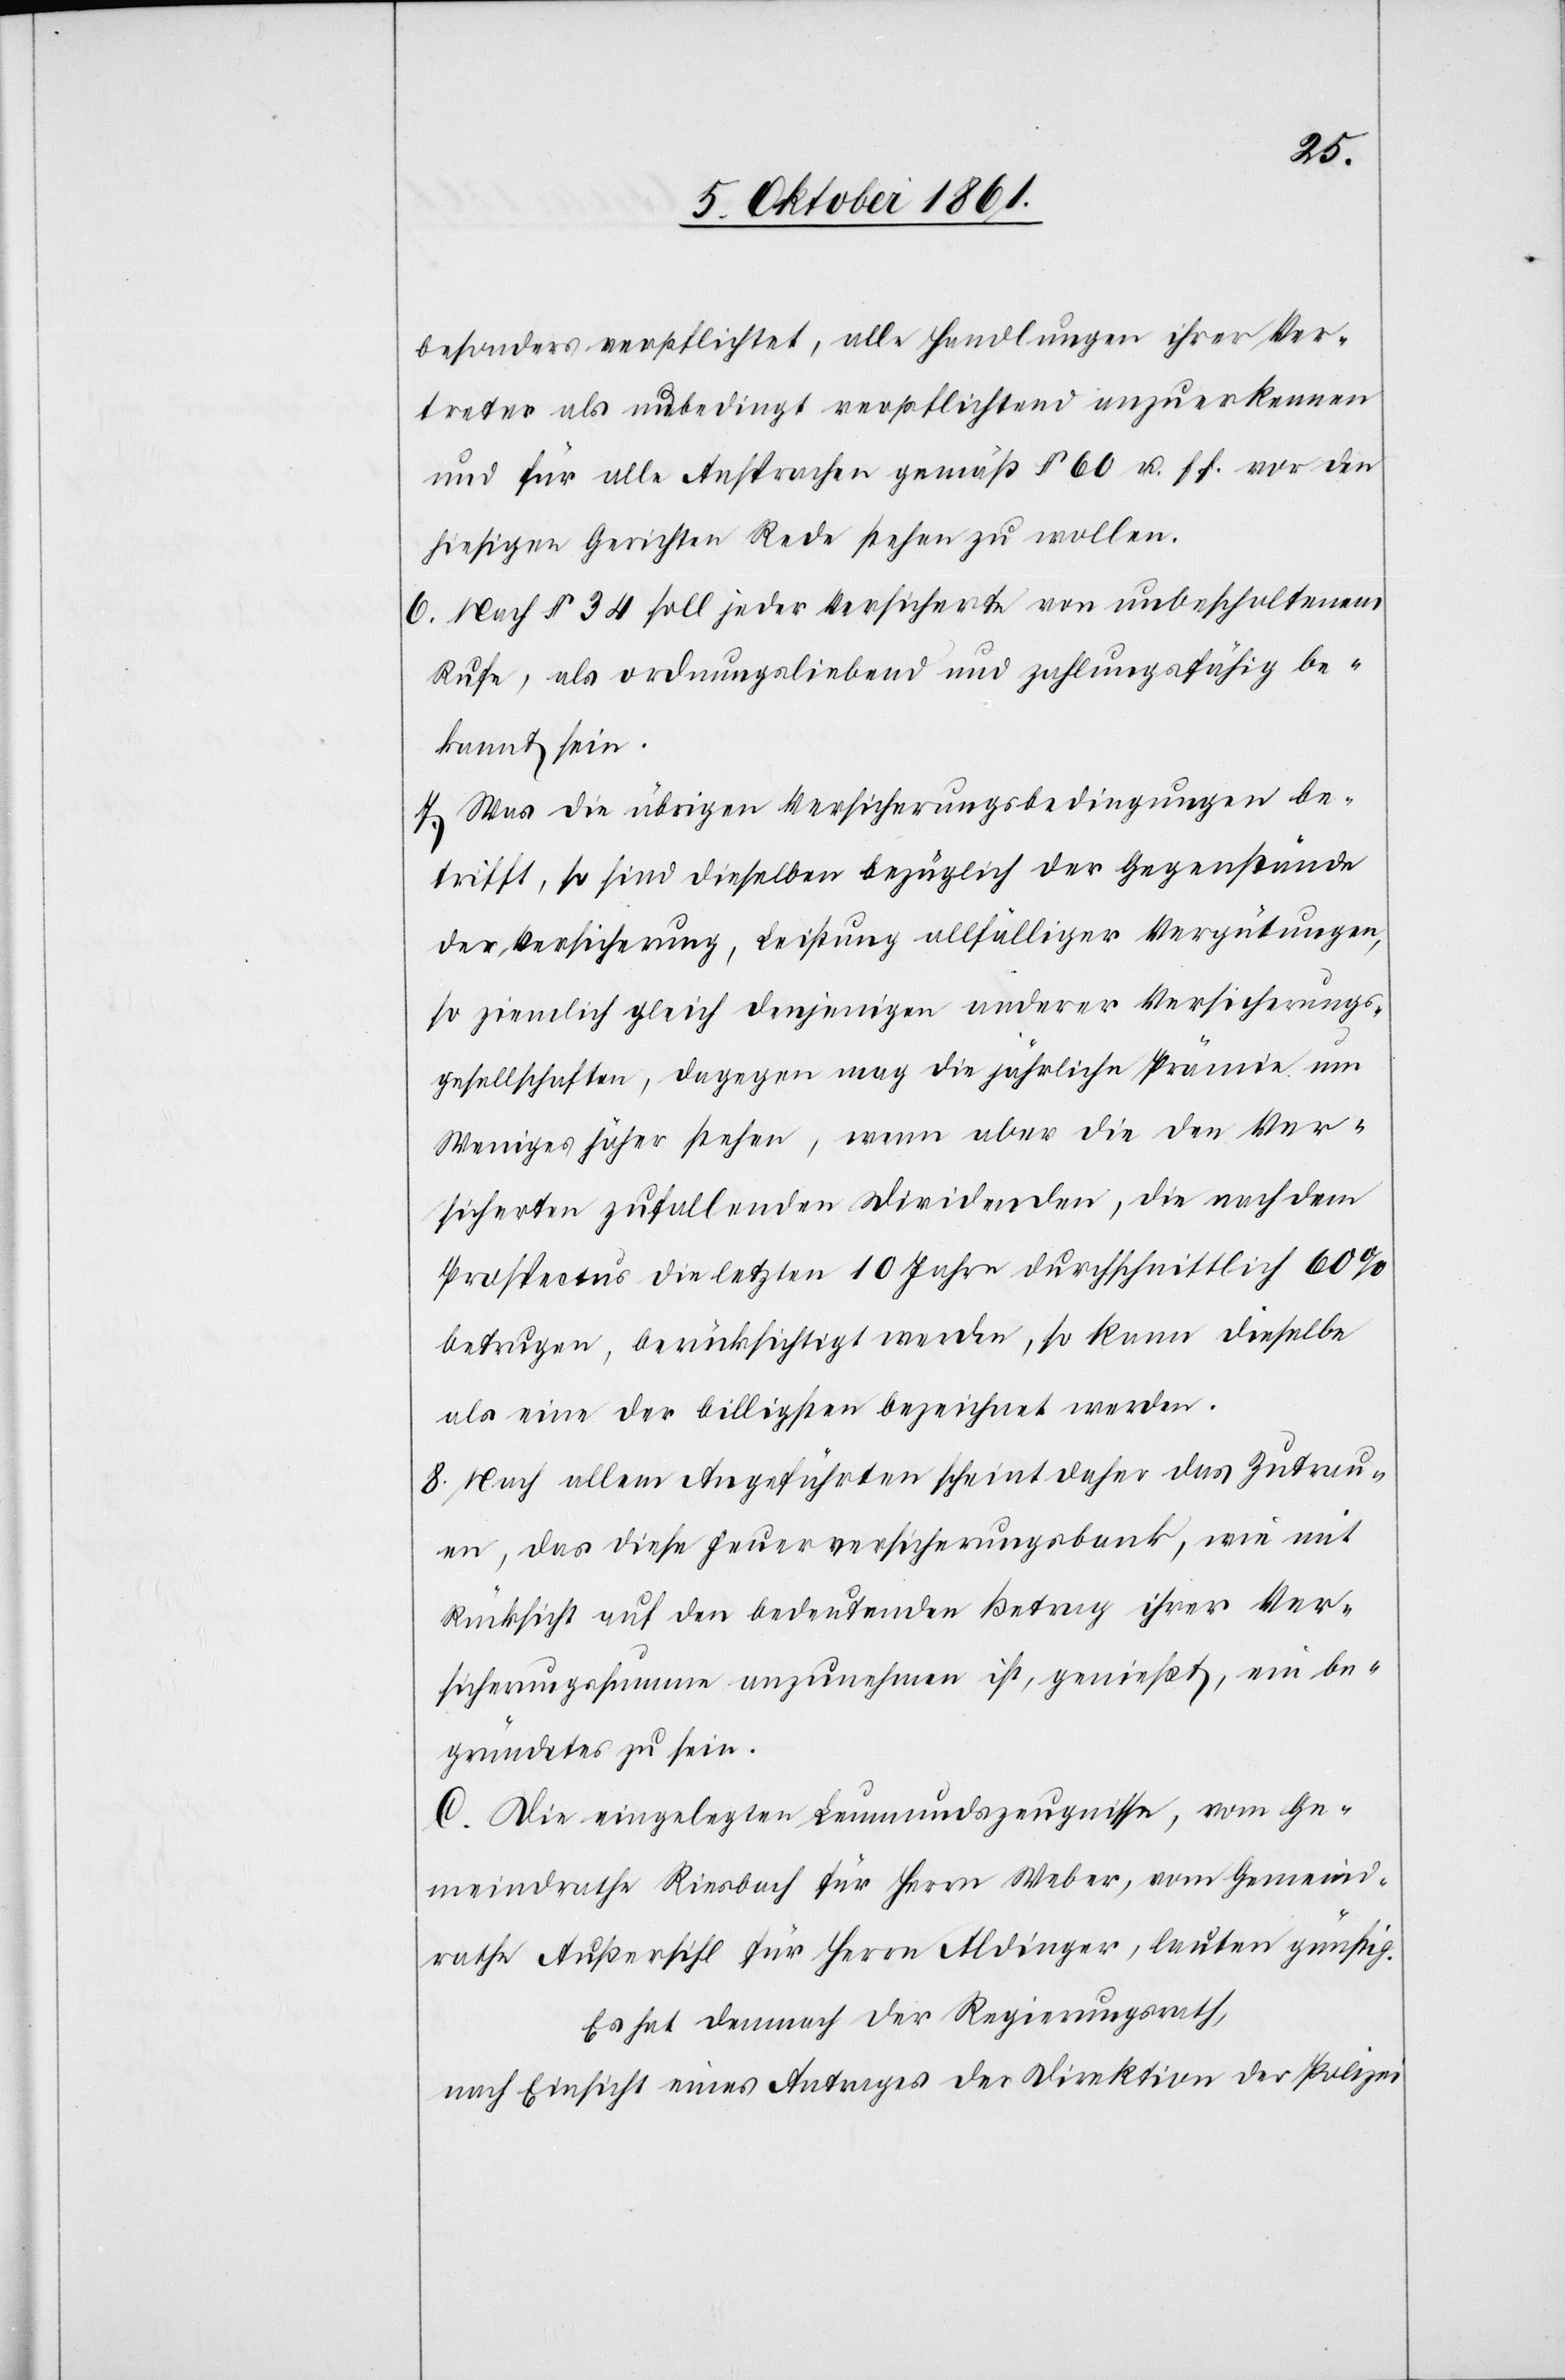
besonders verpflichtet, alle Handlungen ihrer Ver¬
treter als unbedingt verpflichtend anzuerkennen
und für alle Ansprache gemäß § 60 u. s. f. vor den
hiesigen Gerichten Rede stehen zu wollen.
6. Nach § 34 soll jeder Versicherte von unbescholtenem
Rufe, als ordnungsliebend und zahlungsfähig be¬
kannt sein.
7. Was die übrigen Versicherungsbedingungen be¬
trifft, so sind dieselben bezüglich der Gegenstände
der Versicherung, Leistung allfälliger Vergütungen,
so ziemlich gleich denjenigen anderer Versicherungs¬
gesellschaften, dagegen mag die jährliche Prämie um
Weniges höher stehen, wenn aber die den Ver¬
sicherten zufallenden Dividenden, die nach dem
Prospectus die letzten 10 Jahre durchschnittlich 60%
betrugen, berücksichtigt werden, so kann dieselbe
als eine der billigsten bezeichnet werden.
8. Nach allem Angeführten scheint daher das Zutrau¬
en, das diese Feuerversicherungsbank, wie mit
Rücksicht auf den bedeutenden Betrag ihrer Ver¬
sicherungssumme anzunehmen ist, genießt, ein be¬
gründetes zu sein.
C. Die eingelegten Leumundszeugnisse, vom Ge¬
meindrathe Riesbach für Herrn Weber, vom Gemeind¬
rath Außersihl für Herrn Aldinger, lauten günstig.
Es hat demnach der Regierungsrath,
nach Einsicht eines Antrages der Direktion der Polizei